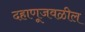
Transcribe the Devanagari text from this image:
दहाणूजवळील